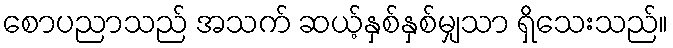
စောပညာသည် အသက် ဆယ့်နှစ်နှစ်မျှသာ ရှိသေးသည်။